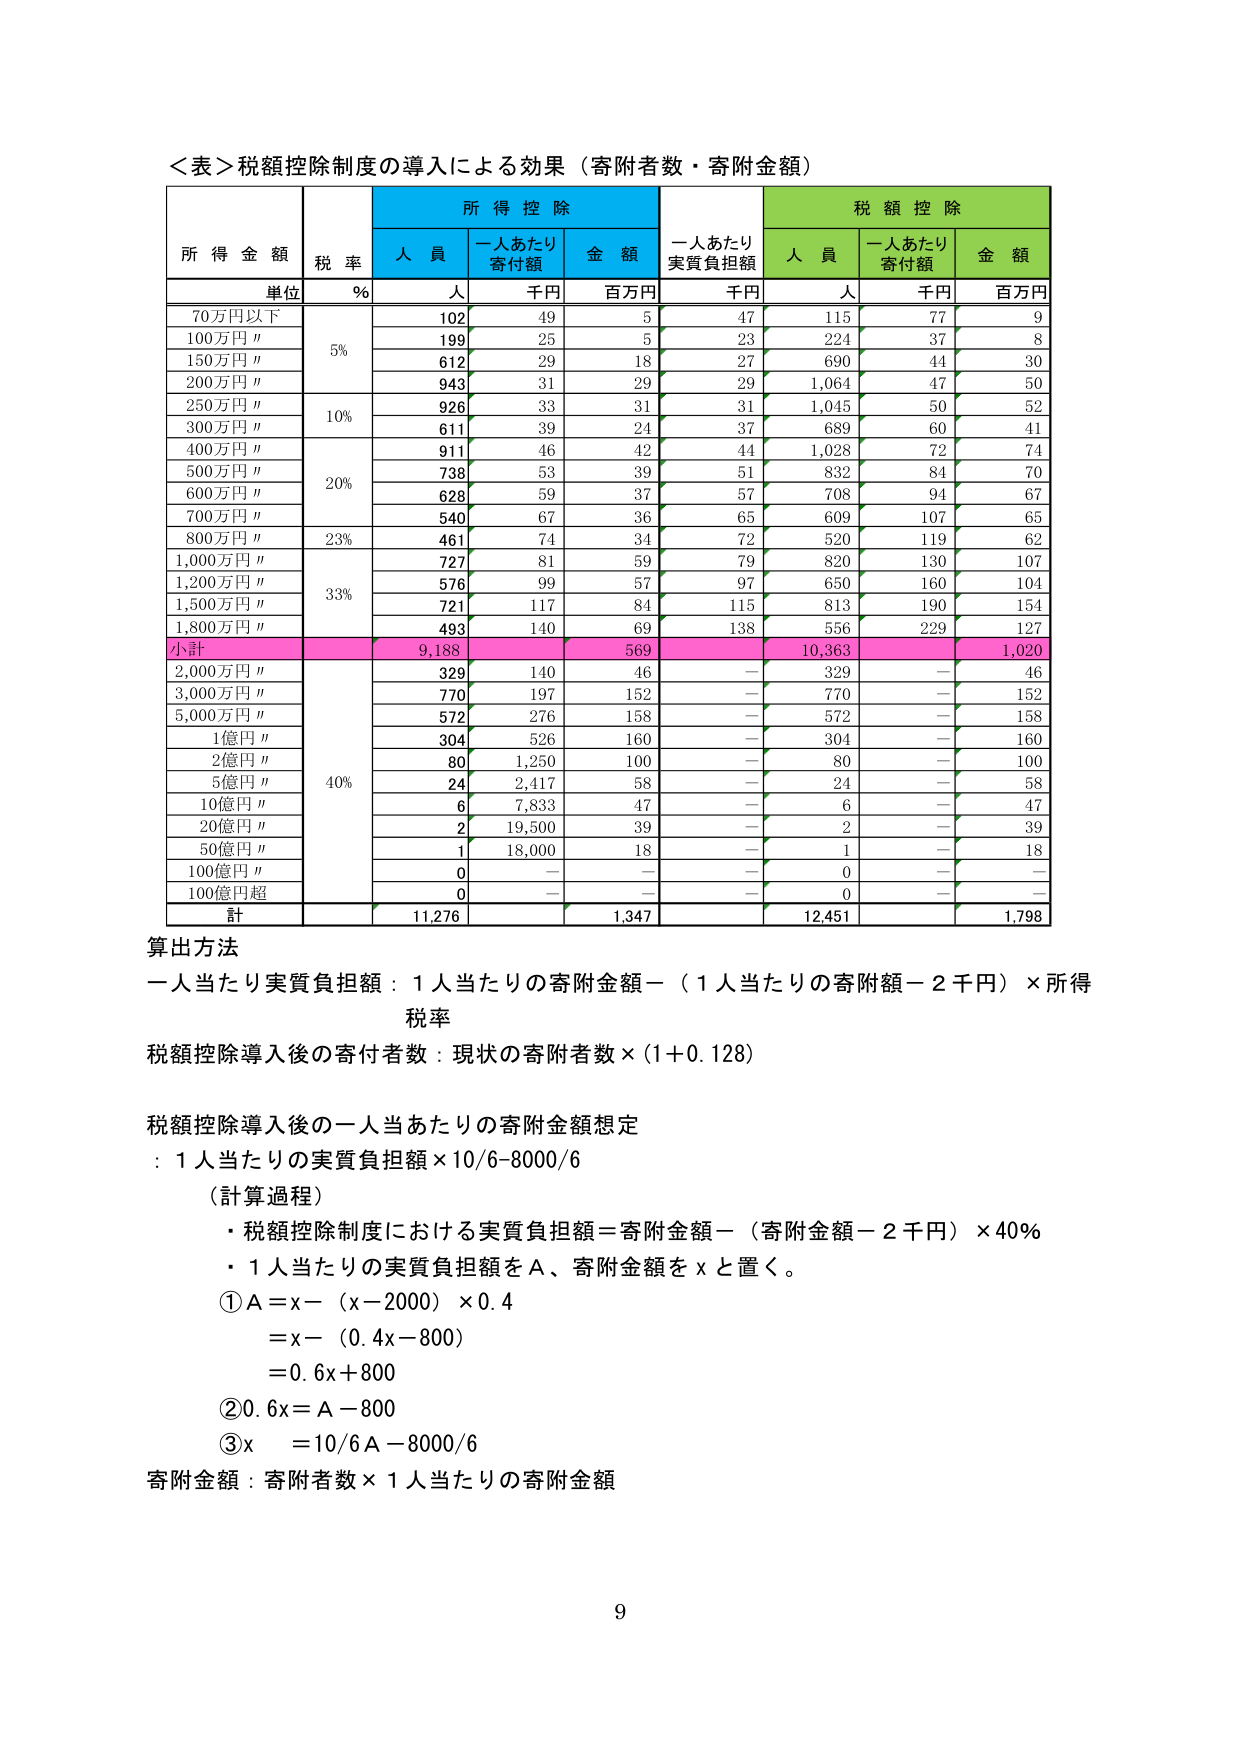
＜表＞税額控除制度の導入による効果（寄附者数・寄附金額）

所得金額　　税率　　所得控除　　　　　　　　　　　　　税額控除
　　　　　　％　　人員　一人あたり　金額　一人あたり　人員　一人あたり　金額
　　　　　　　　　人　　寄付額　　千円　　百円　　実質負担額　人　　寄付額　　千円　　百円

単位

70万円以下　　5%　　102　　49　　5　　47　　115　　77　　9
100万円〃　　　　　　199　　25　　5　　23　　224　　37　　8
150万円〃　　　　　　612　　29　　18　　27　　690　　44　　30
200万円〃　　　　　　943　　31　　29　　29　　1,064　　47　　50
250万円〃　　10%　　926　　33　　31　　31　　1,045　　50　　52
300万円〃　　　　　　611　　39　　24　　37　　689　　60　　41
400万円〃　　20%　　911　　46　　42　　44　　1,028　　72　　74
500万円〃　　　　　　738　　53　　39　　51　　832　　84　　70
600万円〃　　　　　　628　　59　　37　　57　　708　　94　　67
700万円〃　　　　　　540　　67　　36　　65　　609　　107　　65
800万円〃　　23%　　461　　74　　34　　72　　520　　119　　62
1,000万円〃　　33%　　727　　81　　59　　79　　820　　130　　107
1,200万円〃　　　　　576　　99　　57　　97　　650　　160　　104
1,500万円〃　　　　　721　　117　　84　　115　　813　　190　　154
1,800万円〃　　　　　493　　140　　69　　138　　556　　229　　127
小計　　　　　　　　9,188　　　　569　　　　10,363　　　　1,020
2,000万円〃　　40%　　329　　140　　46　　－　　329　　－　　46
3,000万円〃　　　　　770　　197　　152　　－　　770　　－　　152
5,000万円〃　　　　　572　　276　　158　　－　　572　　－　　158
1億円〃　　　　　　304　　526　　160　　－　　304　　－　　160
2億円〃　　　　　　80　　1,250　　100　　－　　80　　－　　100
5億円〃　　　　　　24　　2,417　　58　　－　　24　　－　　58
10億円〃　　　　　　6　　7,833　　47　　－　　6　　－　　47
20億円〃　　　　　　2　　19,500　　39　　－　　2　　－　　39
50億円〃　　　　　　1　　18,000　　18　　－　　1　　－　　18
100億円〃　　　　　　0　　－　　－　　－　　0　　－　　－
100億円超　　　　　　0　　－　　－　　－　　0　　－　　－
計　　　　　　　　11,276　　　　1,347　　　　12,451　　　　1,798

算出方法
一人当たり実質負担額：1人当たりの寄附金額－（1人当たりの寄附額－2千円）×所得税率
税額控除導入後の寄付者数：現状の寄附者数×(1＋0.128)

税額控除導入後の一人数あたりの寄附金額想定
：1人当たりの実質負担額×10/6－8000/6

（計算過程）
・税額控除制度における実質負担額＝寄附金額－（寄附金額－2千円）×40％
・1人当たりの実質負担額をA、寄附金額をxと置く。
①A＝x－（x－2000）×0.4
　＝x－（0.4x－800）
　＝0.6x＋800
②0.6x＝A－800
③x　＝10/6 A－8000/6

寄附金額：寄附者数×1人当たりの寄附金額

9